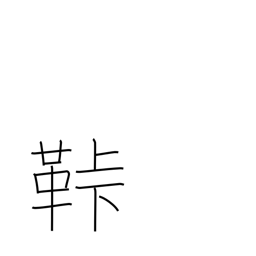
Meaning: fastener